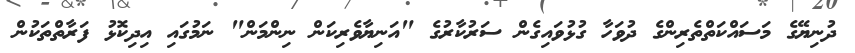
ދުނިޔޭގެ މަސައްކަތްތެރިންގެ ދުވަހާ ގުޅުވައިގެން ސަރުކާރުގެ "އަނިޔާވެރިކަން ނިންމަން" ނަމުގައި އިދިކޮޅު ފަރާތްތަކުން